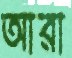
আরা